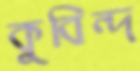
কুবিন্দ